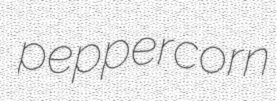
peppercorn